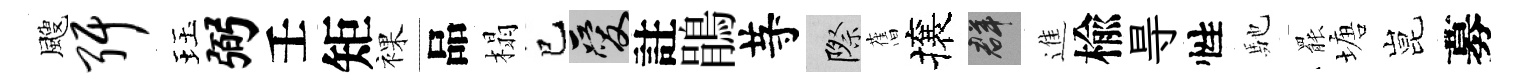
颼弭珏弼壬矩裸品榻巳爱註鵑䒭際𦾔攘群進楡㝵性馳罷塘昆募